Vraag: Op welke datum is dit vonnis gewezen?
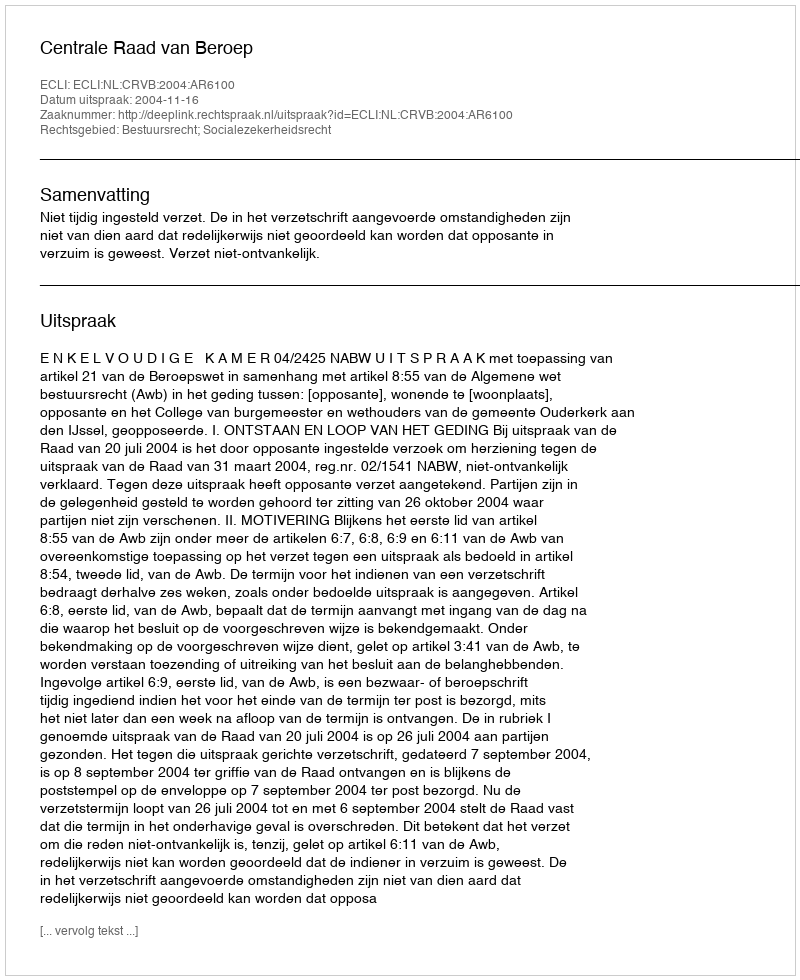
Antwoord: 2004-11-16